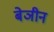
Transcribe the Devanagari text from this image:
बेञीन